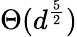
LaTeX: \Theta(d^{\frac{5}{2}})